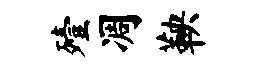
殪凋鞅